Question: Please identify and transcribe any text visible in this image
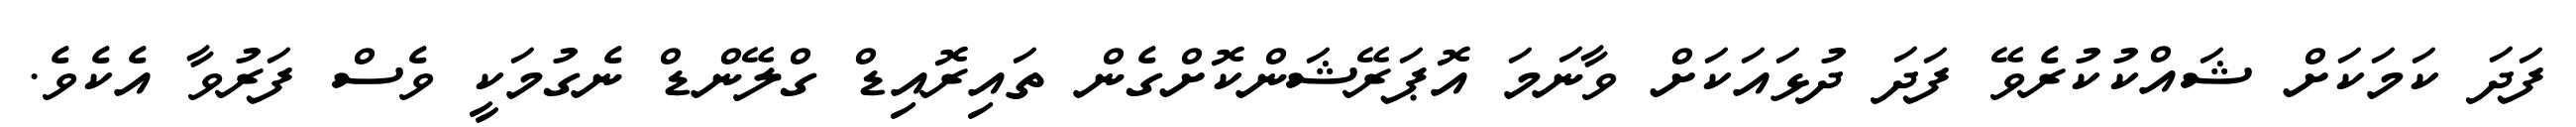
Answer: ފަދަ ކަމަކަށް ޝައްކުކުރެވޭ ފަދަ ދުޅައަކަށް ވާނަމަ އޮޕަރޭޝަންކޮށްގެން ތައިރޮއިޑް ގްލޭންޑް ނެގުމަކީ ވެސް ފަރުވާ އެކެވެ.